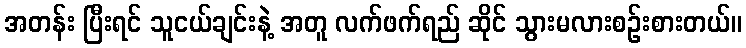
အတန်း ပြီးရင် သူငယ်ချင်းနဲ့ အတူ လက်ဖက်ရည် ဆိုင် သွားမလားစဉ်းစားတယ်။